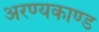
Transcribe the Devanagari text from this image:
अरण्‍यकाण्‍ड